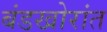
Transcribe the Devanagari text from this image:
बंडखोरांत